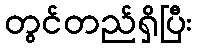
တွင်တည်ရှိပြီး